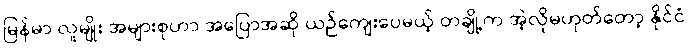
မြန်မာ လူမျိုး အများစုဟာ အပြောအဆို ယဉ်ကျေးပေမယ့် တချို့က အဲ့လိုမဟုတ်တော့ နိုင်ငံ